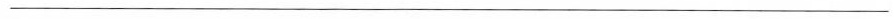
___